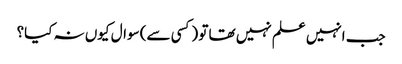
جب انہیں علم نہیں تھا تو (کسی سے) سوال کیوں نہ کیا؟